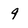
Character: 9